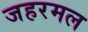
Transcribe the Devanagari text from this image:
जहरमल